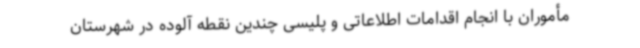
مأموران با انجام اقدامات اطلاعاتی و پلیسی چندین نقطه آلوده در شهرستان